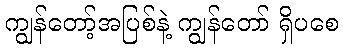
ကျွန်တော့်အပြစ်နဲ့ ကျွန်တော် ရှိပစေ